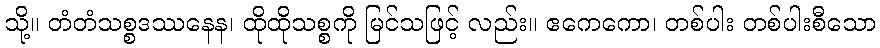
သို့။ တံတံသစ္စဒဿနေန၊ ထိုထိုသစ္စကို မြင်သဖြင့် လည်း။ ဧကေကော၊ တစ်ပါး တစ်ပါးစီသော